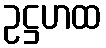
ဥဋ္ဌဟထ